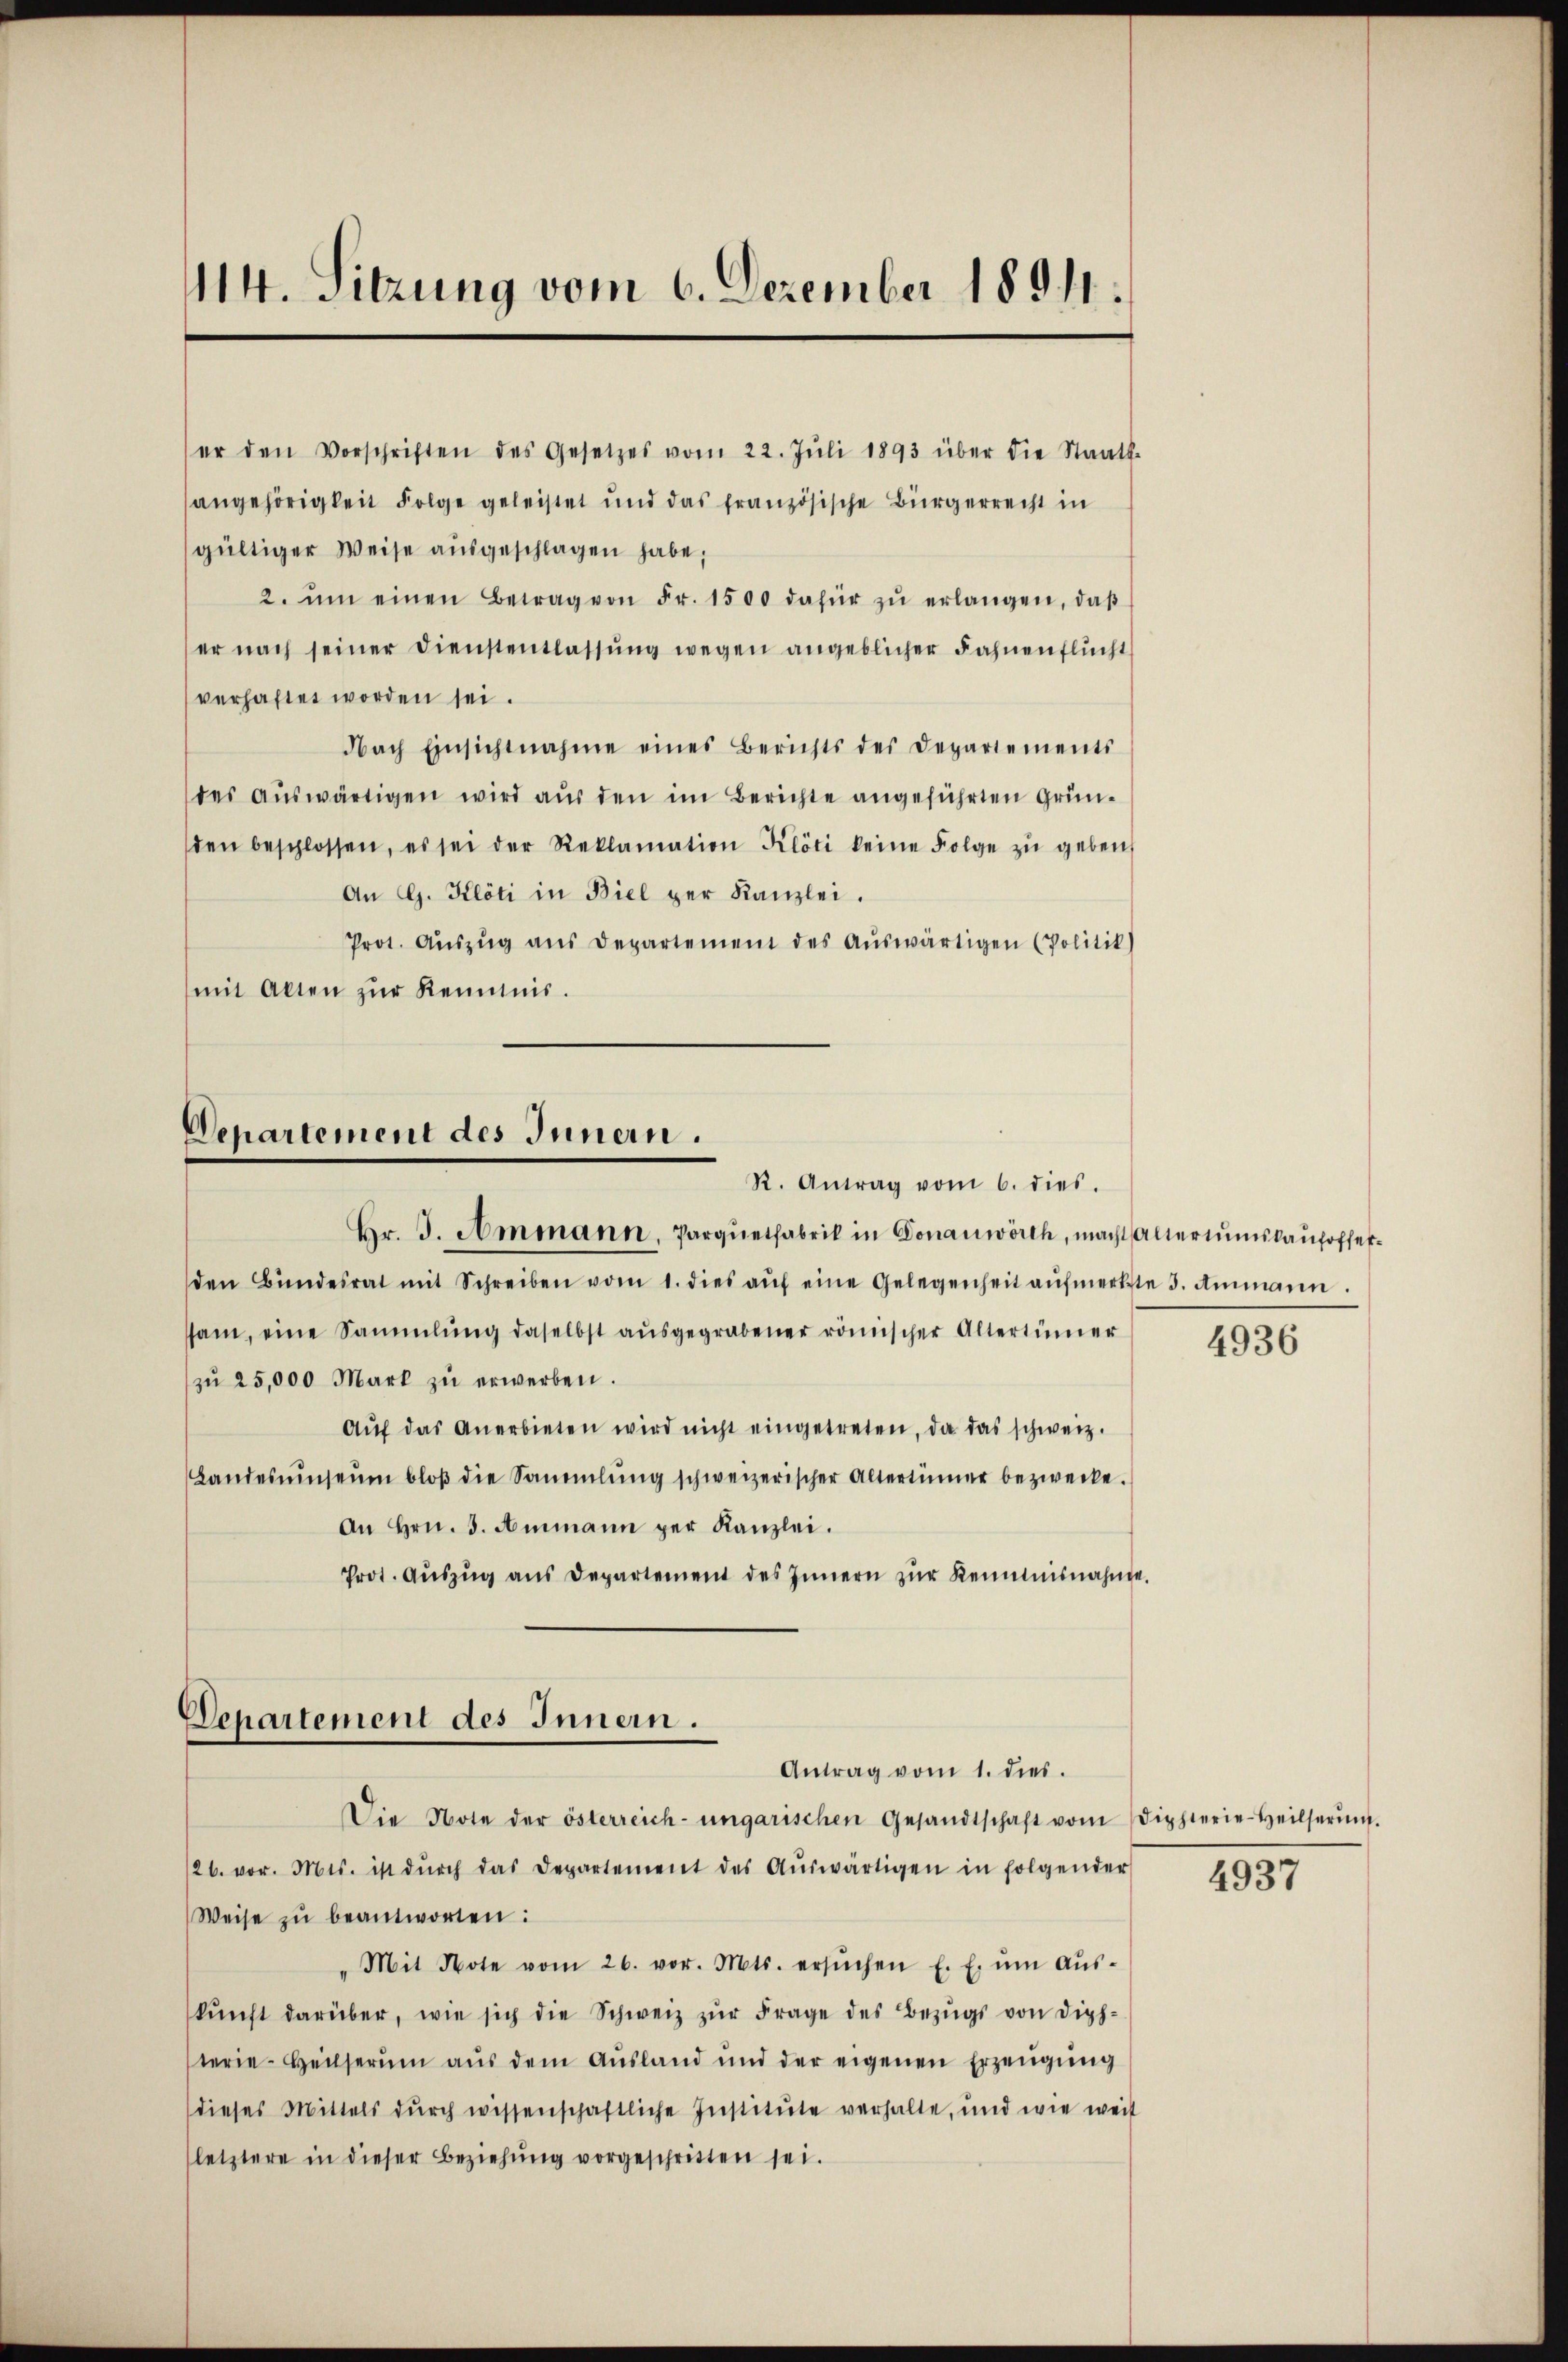
114. Sitzung vom 6. Dezember 18911.

er den Vorschriften des Gesetzes vom 22. Jŭli 1893 über die Staats-
angehörigkeit Folge geleistet und das französische Bürgerrecht in
gültiger Weise aŭsgeschlagen habe;
2. ŭm einen Betrag von Fr. 1500 dafür zŭ erlangen, daβ
er nach seiner Dienstentlassŭng wegen angeblicher Fahnenflŭcht
verhaftet worden sei.
dbach Einsichtnahme eines Berichts der Departements
des aŭswärtigen wird aŭs den im Berichte angeführten Grün-
den beschlossen, es sei der Reklamation Klöti keine Folge zŭ geben,
An G. Klöti in Biel per Kanzlei.
Prot. Aŭszŭg aŭs Departement des aŭswärtigen (Politik)
mit Akten zŭr Kenntnis.

Departement des Innern.
R. Antrag vom 6. dies.
Br. J. Ammann, Parquetfabrik in Donauwörth, macht Alteriumsbauhoffe¬

den Bŭndesrat mit Schreiben vom 1. dies aŭf eine Gelegenheit aŭfmerkste 3. Ammann.
ssam, eine Sammlung daselbst aŭsgegrabener römischer Altertümer
zŭ 25,000 Mart zŭ erwerben.
Aŭf das Anerbieten wird nicht eingetreten, da das schweiz.
Landesŭmseŭm bloβ die Sammlung schweizerischer Altertümer bezwecke.
An Hrn. J. Ammann per Kanzlei.
Prot. Aŭszŭg ans Departement des Innern zŭr Kenntnisnahme.

Departement des Innern.
Antrag vom 1. dies.

Die Note der österreich-ungarischen Gesandtschaft vom Dipplerie-Heilserŭng.
/26. vor. Mts. ist dŭrch das Departement des Aŭswärtigen in folgender
Weise zŭ beantworten:
" Mit Note vom 26. vor. Mts. ersŭchen E. E. ŭm Aŭs-
kŭnft darüber, wie sich die Schweiz zŭr Frage des Bezŭgs von diph-
terie-Heilserŭm aŭs dem Aŭsland und der eigenen Erzeŭgŭng
dieses Mittels dŭrch wissenschaftliche Institŭte verhalte, und wie weit
(letztere in dieser Beziehŭng vorgeschritten sei.

4936

4937